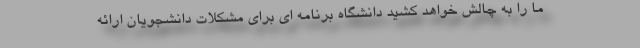
ما را به چالش خواهد کشید دانشگاه برنامه ای برای مشکلات دانشجویان ارائه